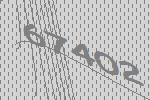
67402